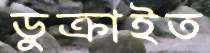
ডুক্‌রাইত